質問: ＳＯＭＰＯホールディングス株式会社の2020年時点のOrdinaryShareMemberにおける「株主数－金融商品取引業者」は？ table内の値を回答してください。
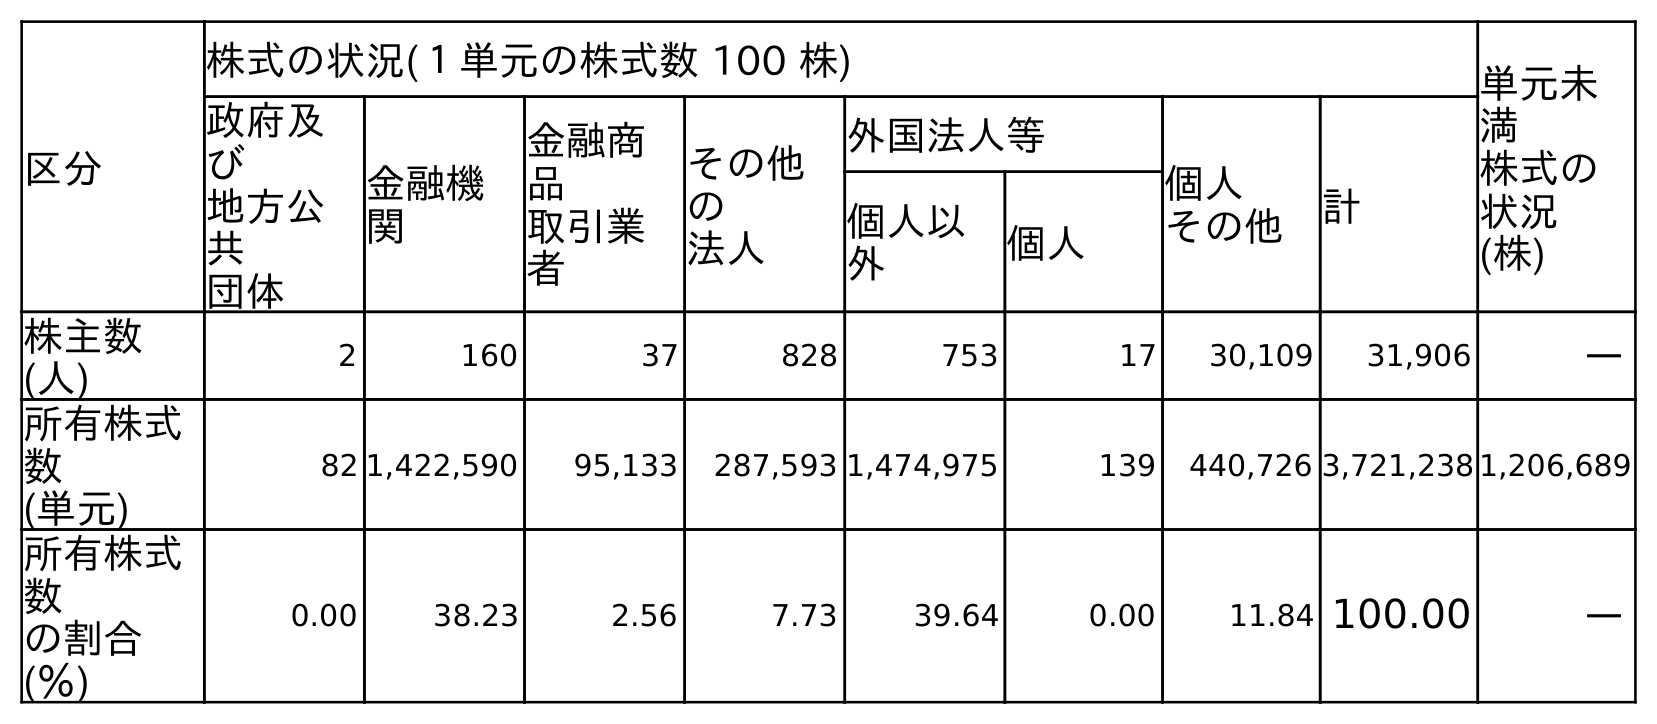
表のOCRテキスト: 区分 株式の状況(１単元の株式数 100 株) 単元未 満 株式の 状況 (株) 政府及 び 地方公 共 団体 金融機 関 金融商 品 取引業 者 その他 の 法人 外国法人等 個人 その他 計 個人以 外 個人 株主数 (人) 2 160 37 828 753 17 30,109 31,906 ― 所有株式 数 (単元) 82 1,422,590 95,133 287,593 1,474,975 139 440,726 3,721,238 1,206,689 所有株式 数 の割合 (％) 0.00 38.23 2.56 7.73 39.64 0.00 11.84 100.00 ―
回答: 37